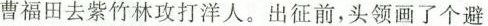
曹福田去紫竹林攻打洋人。出征前，头领画了个避